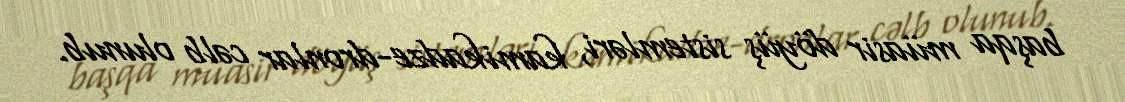
başqa müasir döyüş sistemləri, kamikadze-dronlar cəlb olunub.